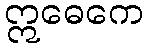
ဣဓေကေ